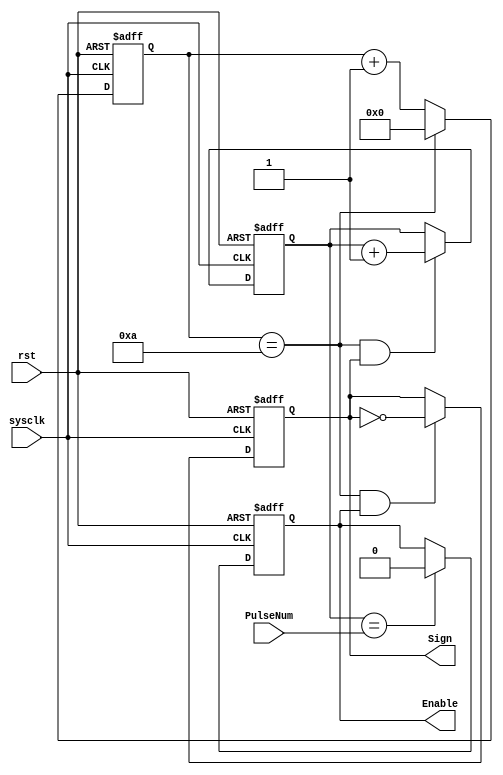
`timescale 1ns / 1ps
//////////////////////////////////////////////////////////////////////////////////
// Company: 
// Engineer: 
// 
// Design Name: 
// Module Name: PULSE
// Project Name: 
// Target Devices: Arty S7
// Tool Versions: 
// Description: 
// 
// Dependencies: 
// 
// Revision:
// Revision 1.0 - File Created
// Additional Comments:
// 
//////////////////////////////////////////////////////////////////////////////////


module PULSE(
	input rst,   // 
	input sysclk, // 
	input[9:0] PulseNum, // 
	output reg Enable, // 
	output reg Sign // 
	);

	initial Enable <= 0;

	parameter numFreqcnt = 10;  // **0.5

	reg [14:0] Freqcnt; // 

	reg [9:0] Pulsecnt;  // 
	
	always @(posedge sysclk or negedge rst) begin
		if (rst == 0) 
			Enable <= 1;
		else if (Pulsecnt == PulseNum)
			Enable <= 0;	
	end

	always @(posedge sysclk or negedge rst) begin
		if (rst == 0) 
			Sign <= 1;   
		else if (Freqcnt == numFreqcnt && Enable == 1)
			Sign <= ~Sign;
	end

	always @(posedge sysclk or negedge rst) begin
		if (rst == 0) 
			Freqcnt <= 0;
		else if (Freqcnt == numFreqcnt)
			Freqcnt <= 0;
		else Freqcnt <= Freqcnt + 1;
	end

	always @(posedge sysclk or negedge rst) begin
		if (rst == 0)
			Pulsecnt <= 0;
		else if (Freqcnt == numFreqcnt && Sign == 1)  // 
			Pulsecnt <= Pulsecnt + 1;

	end



endmodule